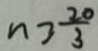
n > \frac { 2 0 } { 3 }